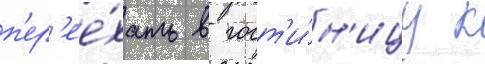
п'ер'ее́хать в гост'и́н'ицу к